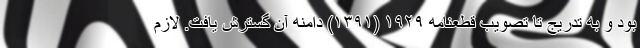
بود و به تدریج تا تصویب قطعنامه ۱۹۲۹ (۱۳۹۱) دامنه آن گسترش یافت. لازم